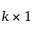
k \times 1